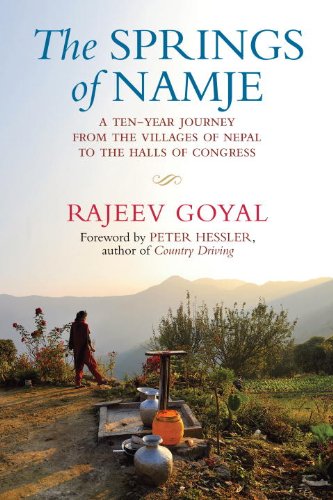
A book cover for The Springs of Namje: A Ten-Year Journey from the Villages of Nepal to the Halls of Congress; Rajeev Goyal; Business & Money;